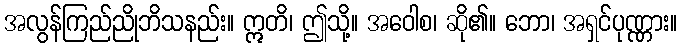
အလွန်ကြည်ညိုဘိသနည်း။ ဣတိ၊ ဤသို့။ အဝေါစ၊ ဆို၏။ ဘော၊ အရှင်ပုဏ္ဏား။